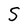
Character: S